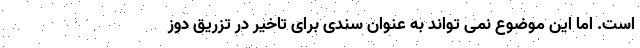
است. اما این موضوع نمی تواند به عنوان سندی برای تاخیر در تزریق دوز